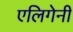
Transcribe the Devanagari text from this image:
एलिगेनी